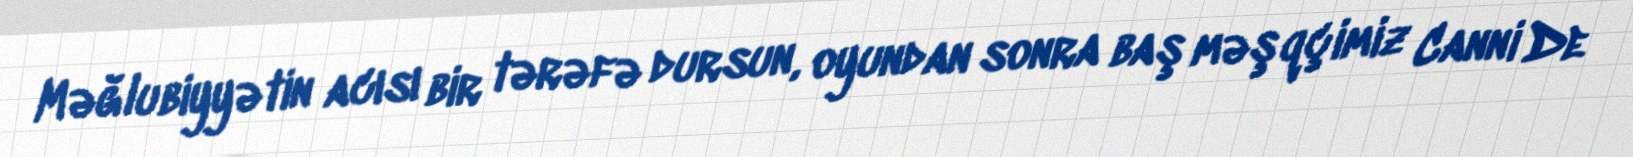
Məğlubiyyətin acısı bir tərəfə dursun, oyundan sonra baş məşqçimiz Canni De